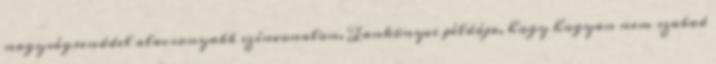
nagyságrenddel alacsonyabb színvonalon. Tankönyvi példája, hogy hogyan nem szabad